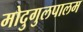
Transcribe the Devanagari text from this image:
मोदुगुलपालम